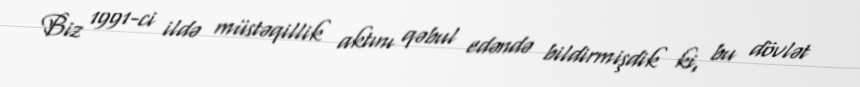
Biz 1991-ci ildə müstəqillik aktını qəbul edəndə bildirmişdik ki, bu dövlət